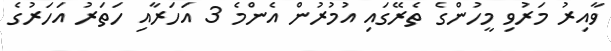
ވާއިރު މަރުވި މީހުންގެ ތެރޭގައި އުމުރުން އެންމެ 3 އަހަރާއި ހަތަރު އަހަރުގެ